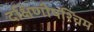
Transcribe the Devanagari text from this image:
दक्षिणीपश्चिम